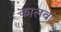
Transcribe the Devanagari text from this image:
कालवां